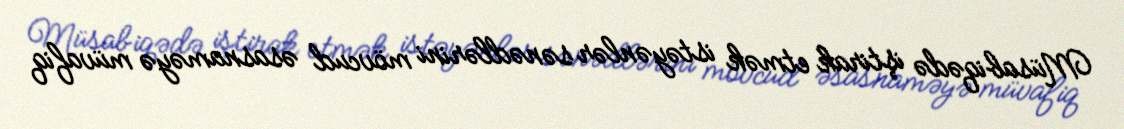
Müsabiqədə iştirak etmək istəyənlər sənədlərini mövcud əsasnaməyə müvafiq